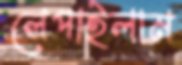
লেপাইলাম